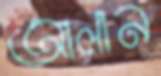
আলান